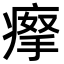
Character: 𤸻